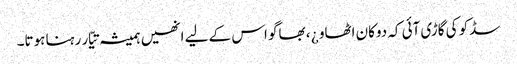
سڈکو کی گاڑی آئی کہ دوکان اٹھاو ¿ ، بھاگو اس کے لیے انھیں ہمیشہ تیّار رہنا ہوتا۔